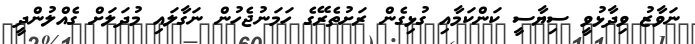
ނަވާޒު ވިދާޅުވީ ސިޔާސީ ކަންކަމާއި ގުޅިގެން ރަށުތެރޭގެ ހަމަނުޖެހުން ނަގާލައި މުދަލަށް ގެއްލުންދީ